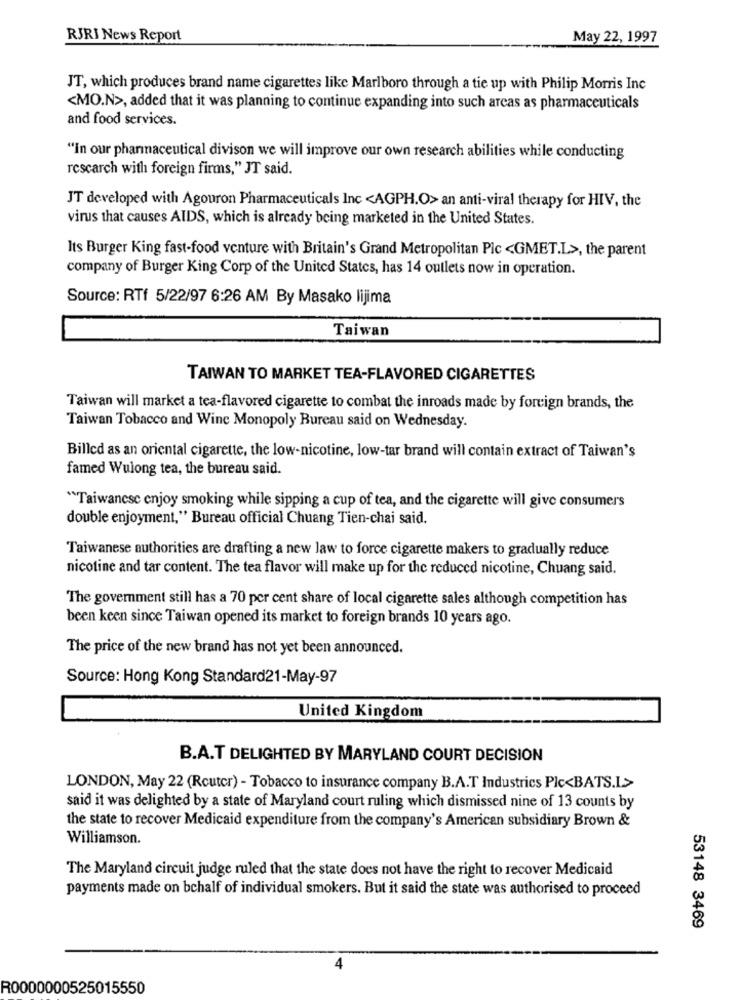
RJRI News Report
May 22, 1997
JT, which produces brand name cigarettes like Marlboro through a tie up with Philip Morris Inc
<MO.N>, added that it was planning to continue expanding into such arcas as pharmaceuticals
and food services.
"in our pharmaceutical divison we will improve our own research abilities while conducting
rescarch with foreign firms," JT said.
JT developed with Agouron Pharmaceuticals Inc <AGPH.O> an anti-viral therapy for HIV, the
virus that causes AIDS, which is already being marketed in the United States.
Its Burger King fast-food venture with Britain's Grand Metropolitan Pic <GMET.L>, the parent
company of Burger King Corp of the United States, has 14 outlets now in operation.
Source: RTf 5/22/97 6:26 AM By Masako lijima
Taiwan
TAIWAN TO MARKET TEA-FLAVORED CIGARETTES
Taiwan will market a tea-flavored cigarette to combat the inroads made by foreign brands, the
Taiwan Tobacco and Wine Monopoly Bureau said on Wednesday.
Billed as an oriental cigarette, the low-nicotine, low-tar brand will contain extract of Taiwan's
famed Wulong tea, the bureau said.
"Taiwanese enjoy smoking while sipping a cup of tea, and the cigarette will give consumers
double enjoyment," Bureau official Chuang Tien-chai said.
Taiwanese authorities are drafting a new law to force cigarette makers to gradually reduce
nicotine and tar content. The tea flavor will make up for the reduced nicotine, Chuang said.
The government still has a 70 per cent share of local cigarette sales although competition has
been keen since Taiwan opened its market to foreign brands 10 years ago.
The price of the new brand has not yet been announced.
Source: Hong Kong Standard21-May-97
United Kingdom
B.A.T DELIGHTED BY MARYLAND COURT DECISION
LONDON, May 22 (Router) - Tobacco to insurance company B.A.T Industrics Plc<BATS.L>
said it was delighted by a state of Maryland court ruling which dismissed nine of 13 counts by
the state to recover Medicaid expenditure from the company's American subsidiary Brown &
Williamson.
The Maryland circuit judge ruled that the state does not have the right to recover Medicaid
payments made on bchalf of individual smokers. But it said the state was authorised to proceed
53148 3469
4
R0000000525015550